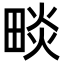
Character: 𤲩